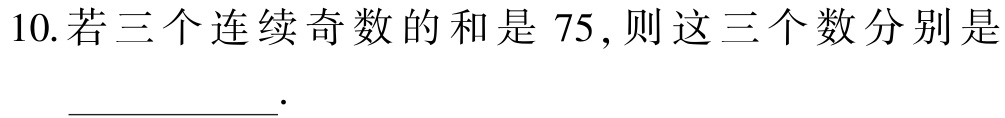
10.若三个连续奇数的和是 75,则这三个数分别是 \(\underline{\quad\quad\quad\quad}\).